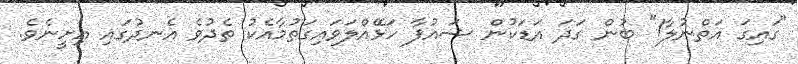
"ގައިގަ އަތްނުލާ!" ބުން ގަދަ އަޑަކުން ޝައުފާ ހަޅޭއްލަވައިގަތުމާއެކު ތެދުވެ އެނދުގައި އިށީނެވެ.